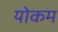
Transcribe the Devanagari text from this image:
योकम